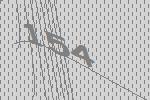
154